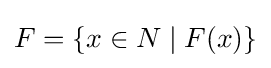
F=\{x\in N\mid F(x)\}